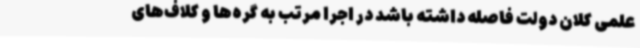
علمی کلان دولت فاصله داشته باشد در اجرا مرتب به گره‌ها و کلاف‌های